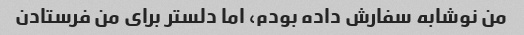
من نوشابه سفارش داده بودم، اما دلستر برای من فرستادن